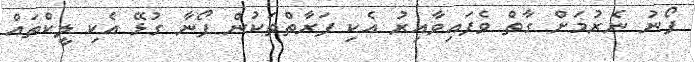
ފޯނު ނެރުމަށް ގާތް ވެފައިވާއިރު އެކި ފަރާތްތަކުން ފޯނާ ގުޅޭ އެކި ލީކްތައް